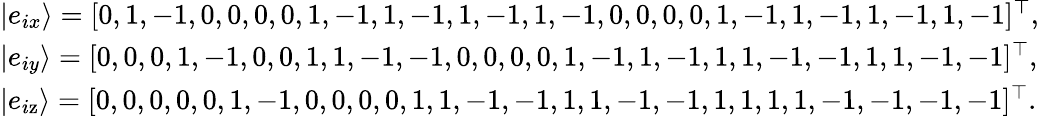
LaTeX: \begin{array}{l}{\left|{{e_{ix}}}\right\rangle={[0,1,-1,0,0,0,0,1,-1,1,-1,1,-1,1,-1,0,0,0,0,1,-1,1,-1,1,-1,1,-1]^{\top}},}\\ {\left|{{e_{iy}}}\right\rangle={[0,0,0,1,-1,0,0,1,1,-1,-1,0,0,0,0,1,-1,1,-1,1,1,-1,-1,1,1,-1,-1]^{\top}},}\\ {\left|{{e_{i\mathrm{{z}}}}}\right\rangle={[0,0,0,0,0,1,-1,0,0,0,0,1,1,-1,-1,1,1,-1,-1,1,1,1,1,-1,-1,-1,-1]^{\top}}.}\end{array}